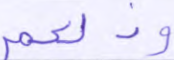
وذلكم